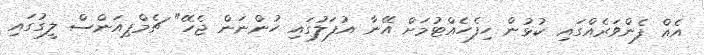
އެއް ފެންވަރެއްގައި ކުޅުން ހިފެހެއްޓުމަށް އޭނާ އުފަލުގައި ހުންނަން ޖެހޭ" ޗެމްޕިއަންސް ލީގުގައި